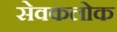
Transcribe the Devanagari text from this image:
सेवकलोक